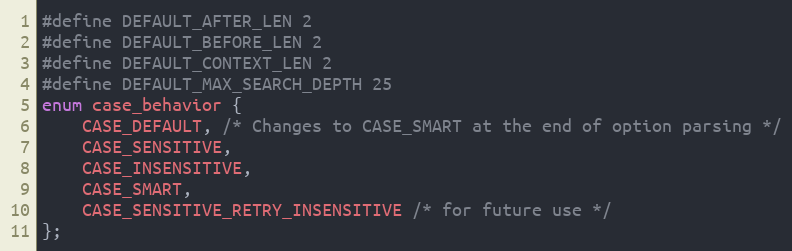
Language: C
#define DEFAULT_AFTER_LEN 2
#define DEFAULT_BEFORE_LEN 2
#define DEFAULT_CONTEXT_LEN 2
#define DEFAULT_MAX_SEARCH_DEPTH 25
enum case_behavior {
    CASE_DEFAULT, /* Changes to CASE_SMART at the end of option parsing */
    CASE_SENSITIVE,
    CASE_INSENSITIVE,
    CASE_SMART,
    CASE_SENSITIVE_RETRY_INSENSITIVE /* for future use */
};